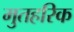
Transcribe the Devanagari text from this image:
मुतहरिक